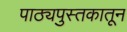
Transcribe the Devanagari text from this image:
पाठ्यपुस्तकातून